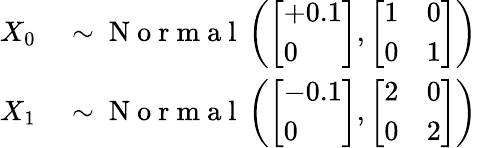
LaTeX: \begin{array}{rl}{X_{0}}&{{}\sim\mathrm{~N~o~r~m~a~l~}\left(\left[\begin{array}{l}{+0.1}\\ {0}\end{array}\right],\left[\begin{array}{ll}{1}&{0}\\ {0}&{1}\end{array}\right]\right)}\\ {X_{1}}&{{}\sim\mathrm{~N~o~r~m~a~l~}\left(\left[\begin{array}{l}{-0.1}\\ {0}\end{array}\right],\left[\begin{array}{ll}{2}&{0}\\ {0}&{2}\end{array}\right]\right)}\end{array}